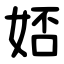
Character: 娝